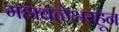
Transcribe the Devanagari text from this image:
महाबळेश्वरहून